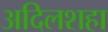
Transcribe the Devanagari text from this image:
अदिलशहा